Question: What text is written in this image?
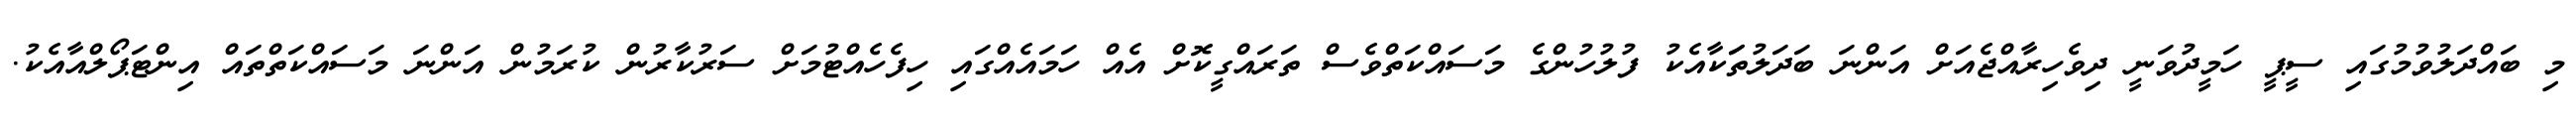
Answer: މި ބައްދަލުވުމުގައި ސީޕީ ހަމީދުވަނީ ދިވެހިރާއްޖެއަށް އަންނަ ބަދަލުތަަކާއެކު ފުލުހުންގެ މަސައްކަތްވެސް ތަރައްގީކޮށް އެއް ހަމައެއްގައި ހިފެހެއްޓުމަށް ސަރުކާރުން ކުރަމުން އަންނަ މަސައްކަތްތައް އިންޓަޕޯލްއާއެކު.